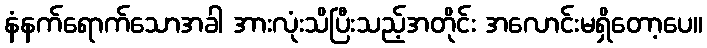
နံနက်ရောက်သောအခါ အားလုံးသိပြီးသည့်အတိုင်း အလောင်းမရှိတော့ပေ။